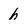
Character: h